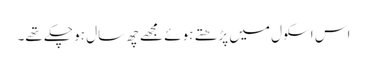
اس اسکول میں پڑھتے ہوئے مجھے چھ سال ہو چکے تھے۔